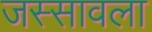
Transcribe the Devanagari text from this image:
जस्सावला